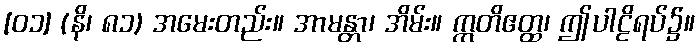
[၀၁] (နိ၊ ၈၁) အမေးတည်း။ အာမန္တာ၊ အိမ်း။ ဣတိဧတ္ထ၊ ဤပါဠိရပ်၌။